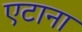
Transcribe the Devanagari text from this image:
एटाना